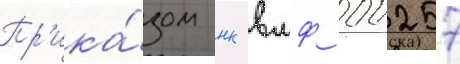
Пр'ика́зом нк вмф 00257